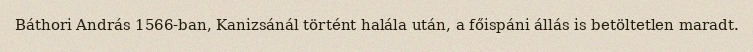
Báthori András 1566-ban, Kanizsánál történt halála után, a főispáni állás is betöltetlen maradt.